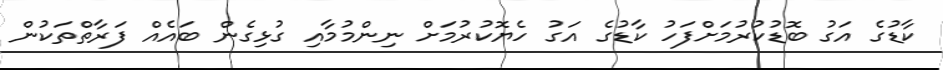
ކާޑުގެ އަގު ބޮޑުކުރުމަށްފަހު ކާޑުގެ އަގު ހެޔޮކުރުމަށް ނިންމުމާއި ގުޅިގެން ބައެއް ފަރާތްތަކުން